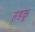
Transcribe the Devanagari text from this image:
तडकू